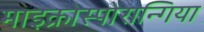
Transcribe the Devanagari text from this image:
माइक्रोस्पोरान्गिया